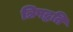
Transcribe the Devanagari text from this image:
त्रिपद्धति